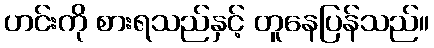
ဟင်းကို စားရသည်နှင့် တူနေပြန်သည်။